Report on horse surra - Volume I
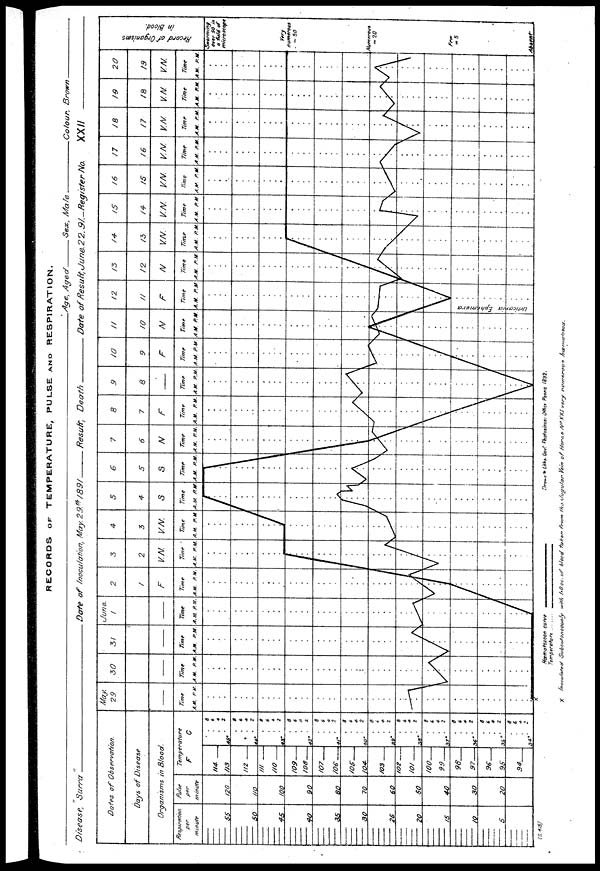
RECORDS OF TEMPERATURE, PULSE AND RESPIRATION.